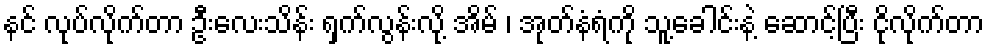
နင် လုပ်လိုက်တာ ဦးလေးသိန်း ရှက်လွန်းလို့ အိမ် ၊ အုတ်နံရံကို သူ့ခေါင်းနဲ့ ဆောင့်ပြီး ငိုလိုက်တာ